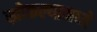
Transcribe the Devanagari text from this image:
खोकल्यामध्ये